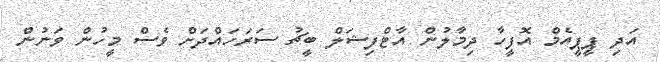
އަދި ޕީޕީއެމް އޮފީހާ ދިމާލުން އާޓްފިޝަލް ބީޗު ސަރަހައްދަށް ވެސް މީހުން ވަނުން